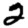
Digit: 2